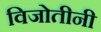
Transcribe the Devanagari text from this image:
विजोतीनी